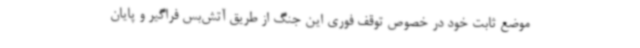
موضع ثابت خود در خصوص توقف فوری این جنگ از طریق آتش‌بس فراگیر و پایان